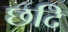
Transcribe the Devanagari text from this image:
छदि